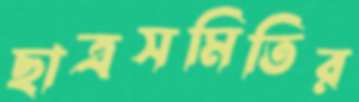
ছাত্রসমিতির